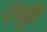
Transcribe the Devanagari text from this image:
सकॅू